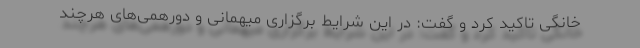
خانگی تاکید کرد و گفت: در این شرایط برگزاری میهمانی و دورهمی‌های هرچند